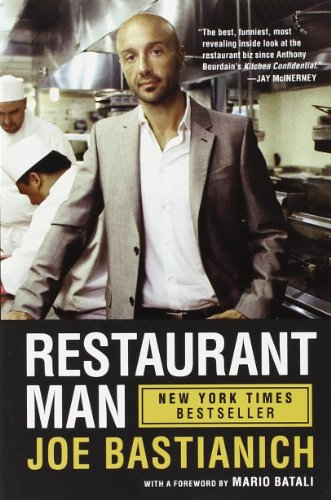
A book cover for Restaurant Man; Joe Bastianich; Cookbooks, Food & Wine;